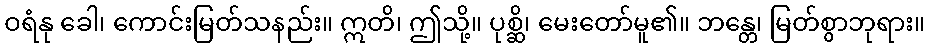
ဝရံနု ခေါ၊ ကောင်းမြတ်သနည်း။ ဣတိ၊ ဤသို့။ ပုစ္ဆိ၊ မေးတော်မူ၏။ ဘန္တေ၊ မြတ်စွာဘုရား။